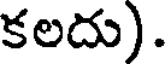
కలదు).